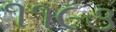
૧૧૯૩